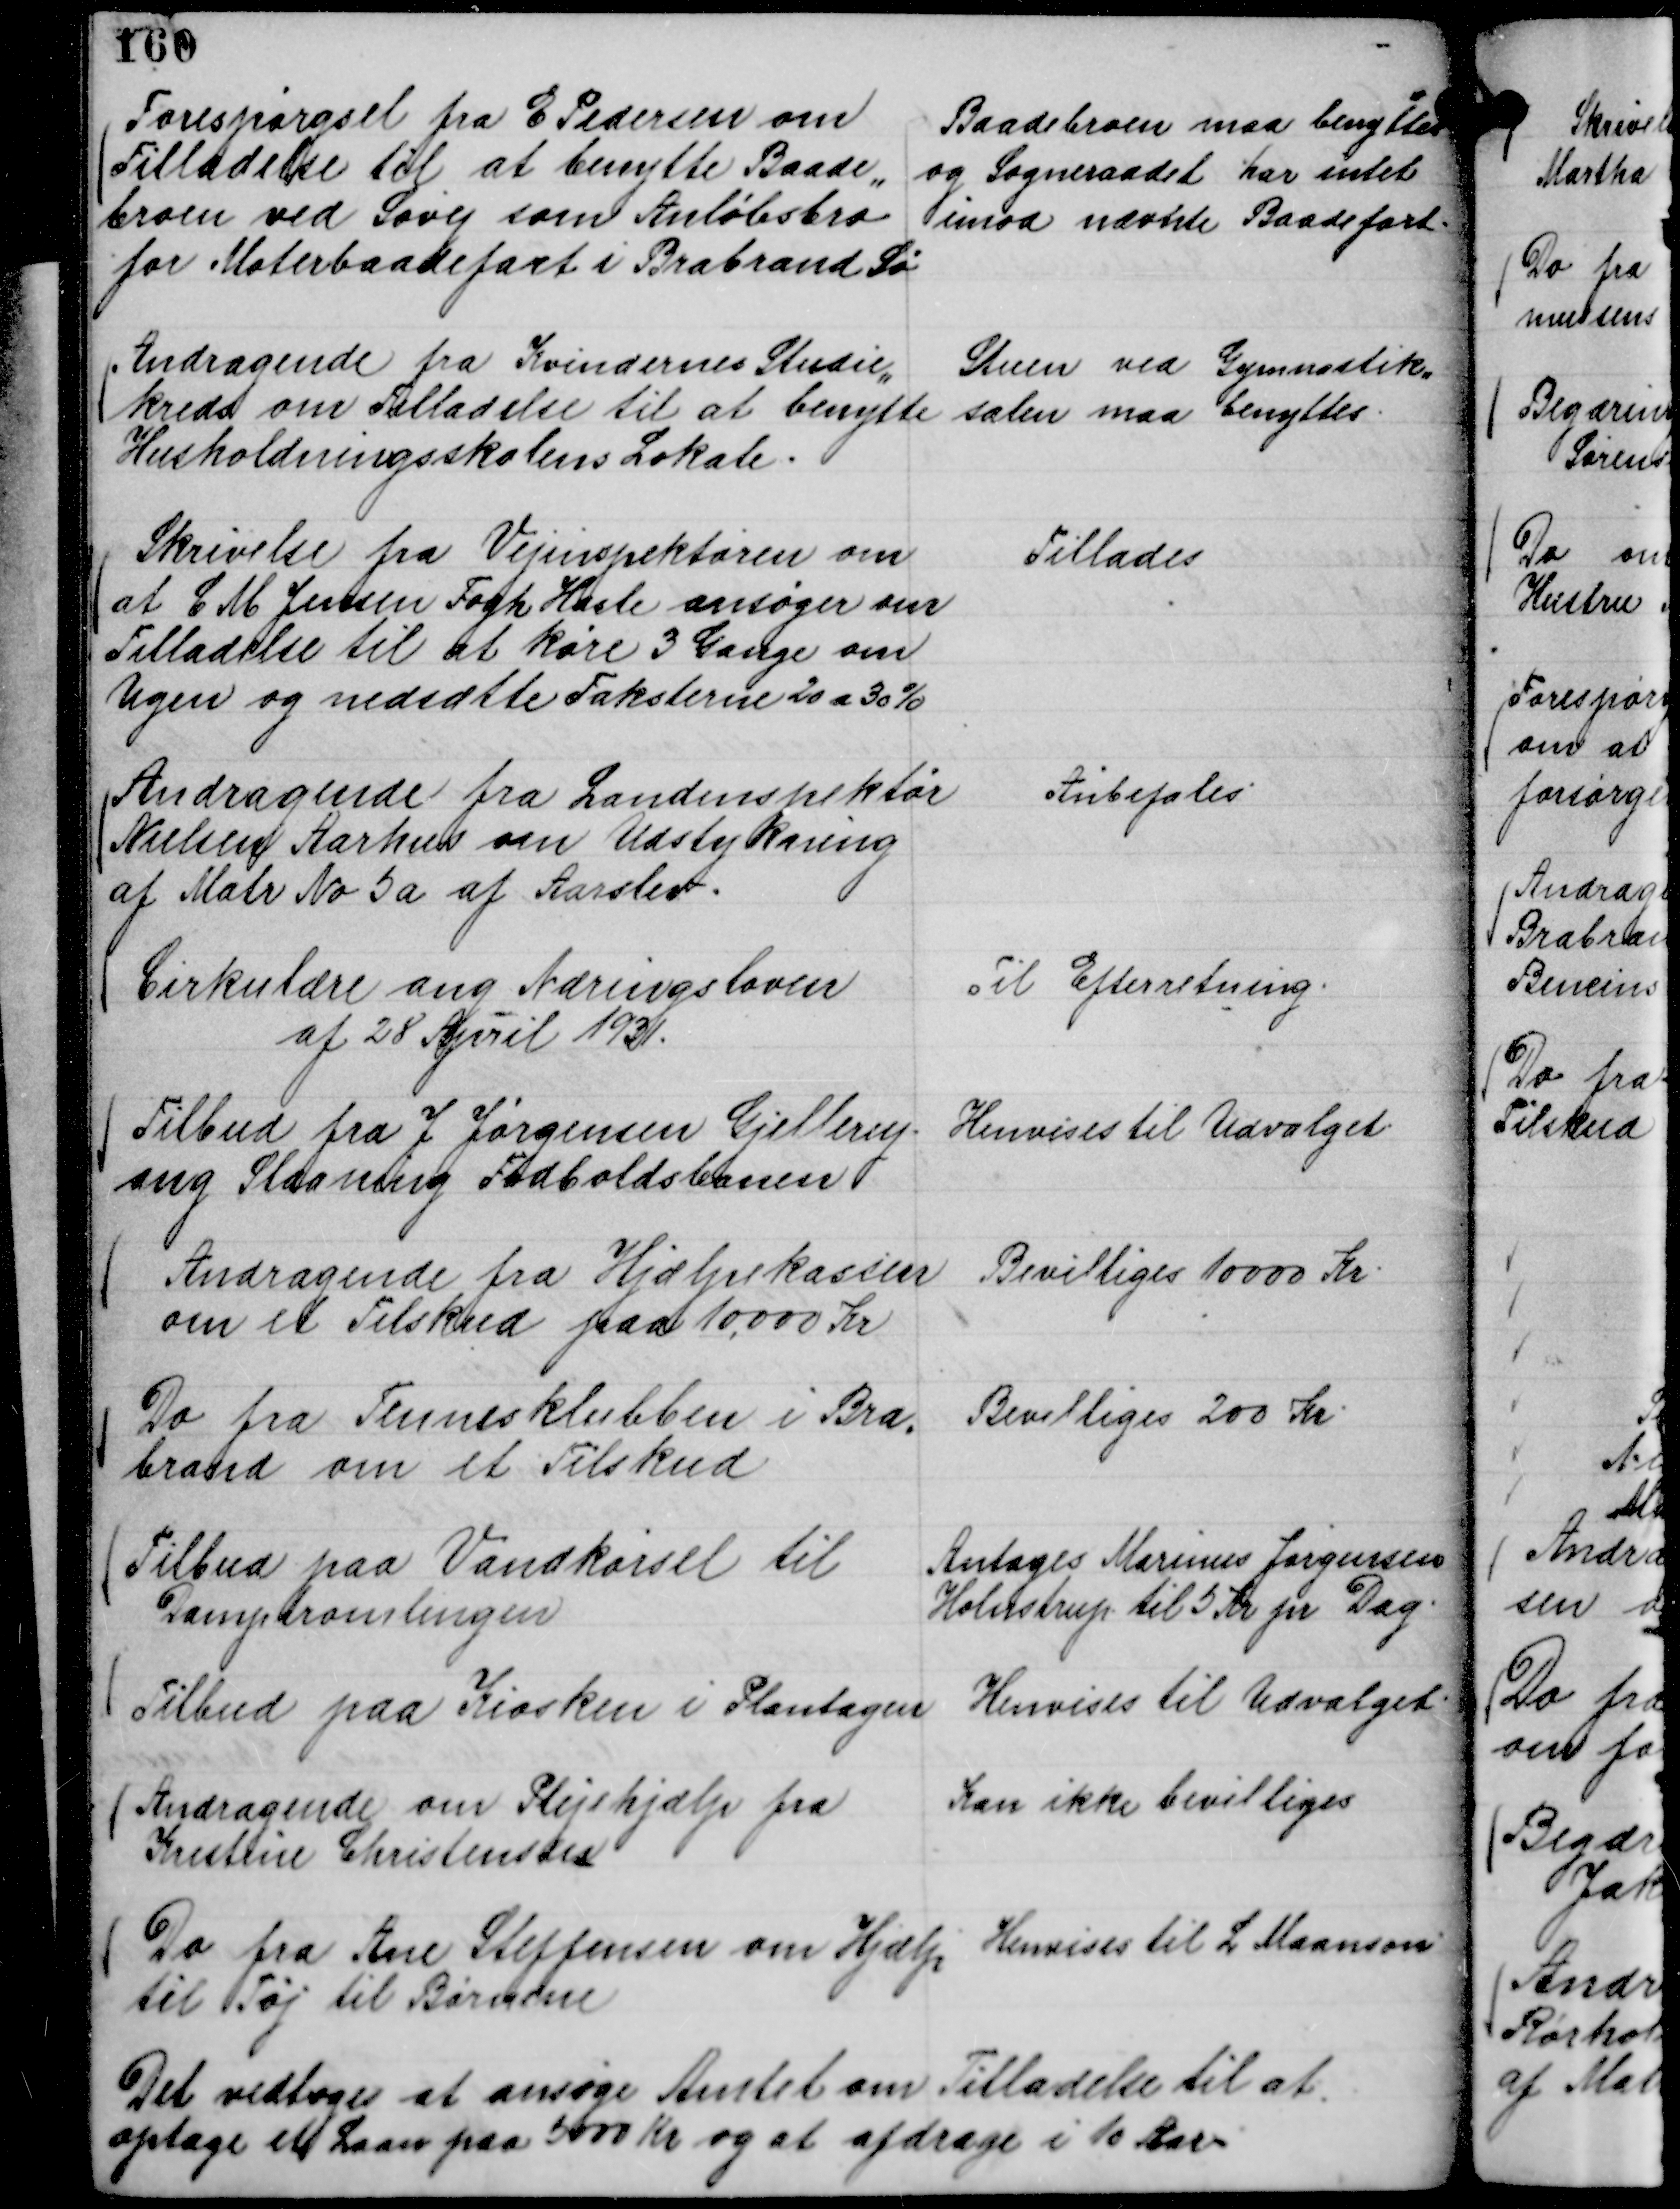
Transskription:
Forespørgsel fra E Pedersen om
Tilladelse til at benytte Baade,,
broen ved Søvej som Ankøbsbro
for Motorbaadefart i Brabrand Sø

Baadebroen maa benyttes
og Sogneraadet har intet
imod nævnte Baadefart.

Andragende fra Kvindernes Studie,,
kreds om Tilladelse til at benytte
Husholdningsskolens Lokale.

Stuen ved Gymnastik,,
salen maa benyttes.

Skrivelse fra Vejinspektøren om
at C M Jensen Fogh Hasle ansøger om
Tilladelse til at køre 3 Gange om
Ugen og nedsætte Taksterne 20 a 30 %

Tillades

Andragende fra Landinspektør
Nielsen Aarhus om Udstykning
af Matr No 5 a af Aarslev.

Anbefales

Cirkulære ang Næringsloven
af 28 April 1931.

Til Efterretning.

Tilbud fra J Jørgensen Gjellerup
ang Slaaning Fodboldsbanen

Henvises til Udvalget.

Andragende fra Hjælpekassen
om et Tilskud paa 10.000 Kr

Bevilliges 10000 Kr.

Do fra Tennisklubben i Bra,,
brand om et Tilskud

Bevilliges 200 Kr.

Tilbud paa Vandkørsel til
Damptromlingen

Antages Marinus Jørgensen
Holmstrup til 5 Kr pr Dag.

Tilbud paa Kiosken i Plantagen

Henvises til Udvalget.

Andragende om Plejehjælp fra
Kristine Christensen

Kan ikke bevilliges

Do fra Ane Steffensen om Hjælp
til Tøj til Børnene

Henvises til L Maanson

Det vedtoges at ansøge Amtet om Tilladelse til at
optage et Laan paa 5000 Kr og at afdrage i 10 Aar